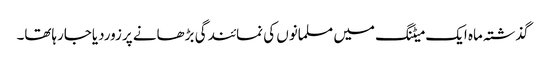
گذشتہ ماہ ایک میٹنگ میں مسلمانوں کی نمائندگی بڑھانے پرزوردیاجارہاتھا۔